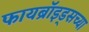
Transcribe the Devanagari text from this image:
फायब्रॉइड्सच्या